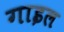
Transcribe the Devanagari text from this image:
गाइल